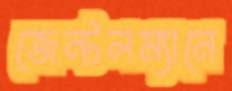
জেন্টলম্যানে